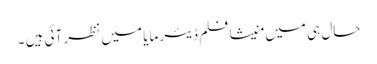
حال ہی میں منیشا فلم ڈیئر مایا میں نظر آئی ہیں ۔